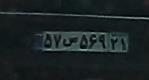
۵۷س۵۶۹۲۱